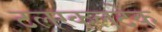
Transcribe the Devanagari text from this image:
टलस्कलटेक